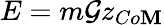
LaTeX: E=m\mathcal{G}z_{Co\mathbf{M}}